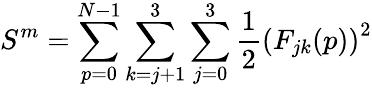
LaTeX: S^{m}=\sum_{p=0}^{N-1}\sum_{k=j+1}^{3}\sum_{j=0}^{3}\frac{1}{2}\left(F_{jk}(p)\right)^{2}